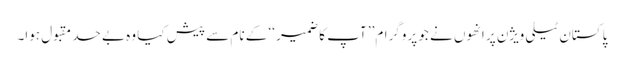
پاکستان ٹیلی ویژن پر انھوں نے جو پروگرام’’ آپ کا ضمیر ‘‘ کے نام سے پیش کیا وہ بے حد مقبول ہوا۔